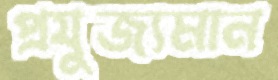
প্রযুজ্যমান